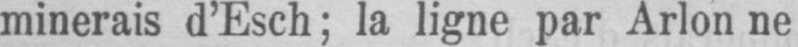
minerais d’Esch; la ligne par Arlon ne